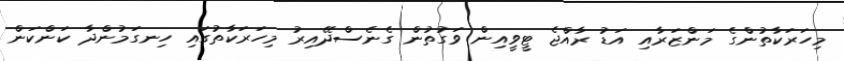
މިހަރަކާތުންގެ މަންޒަރާއި އަޑު ރާއްޖެ ޓީވީއިން ވަގުތުން ގެނެސްދޭއިރު މިހަރަކާތުގައި ހިނގަމުންދާ ކަންކަން